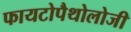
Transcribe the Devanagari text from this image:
फायटोपैथोलोजी